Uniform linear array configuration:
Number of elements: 64
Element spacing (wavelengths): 0.25
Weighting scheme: hamming
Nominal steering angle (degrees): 15
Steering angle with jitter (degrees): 13.067
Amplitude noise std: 0.05
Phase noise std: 0.05

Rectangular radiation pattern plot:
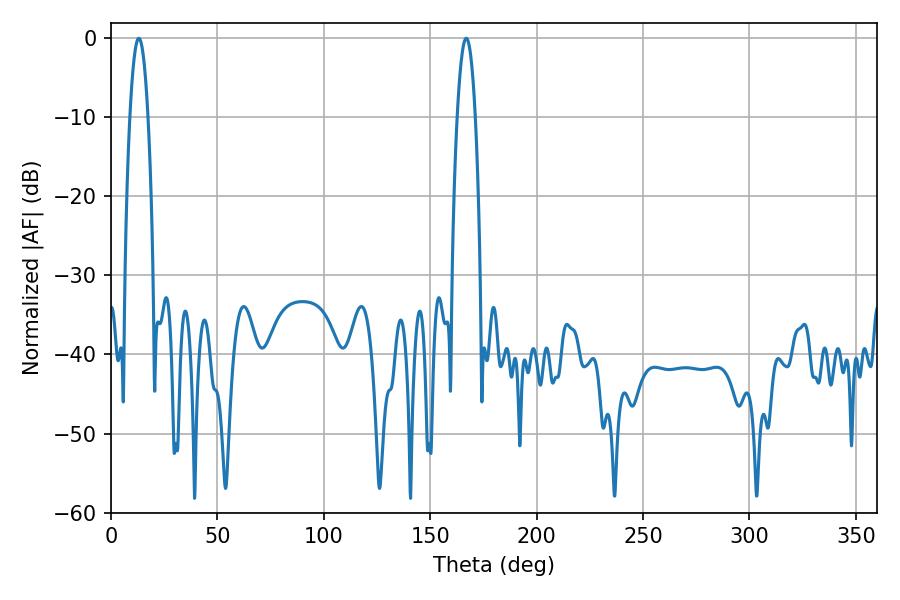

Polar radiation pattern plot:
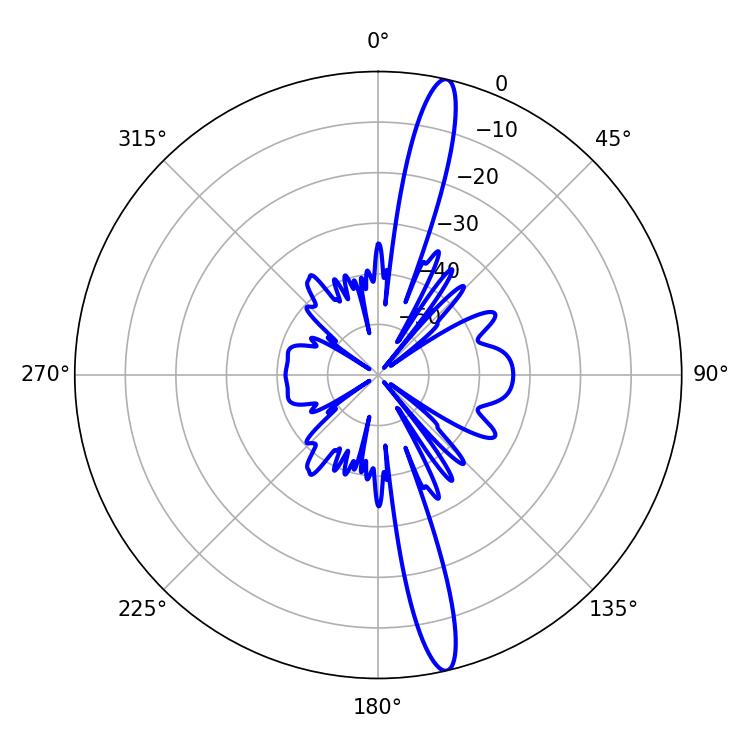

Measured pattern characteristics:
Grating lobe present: FALSE
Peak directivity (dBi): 16.95
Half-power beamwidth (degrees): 4.68
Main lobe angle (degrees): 13.14